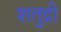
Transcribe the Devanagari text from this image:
शतुद्री